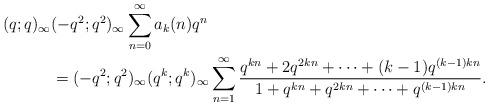
LaTeX: \begin{align*}(q;q)_\infty&(-q^2;q^2)_\infty \sum_{n=0}^\infty a_k(n)q^n\\&=(-q^{2};q^{2})_\infty(q^{k};q^{k})_\infty\sum_{n=1}^{\infty}\frac{q^{kn} + 2q^{2kn} +\dots+ (k-1)q^{(k-1)kn}}{1 + q^{kn} + q^{2kn} +\dots+ q^{(k-1)kn}}.\end{align*}